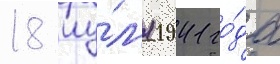
18 иу́л'я 1941 го́да